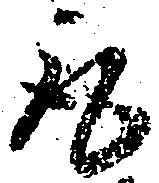
取